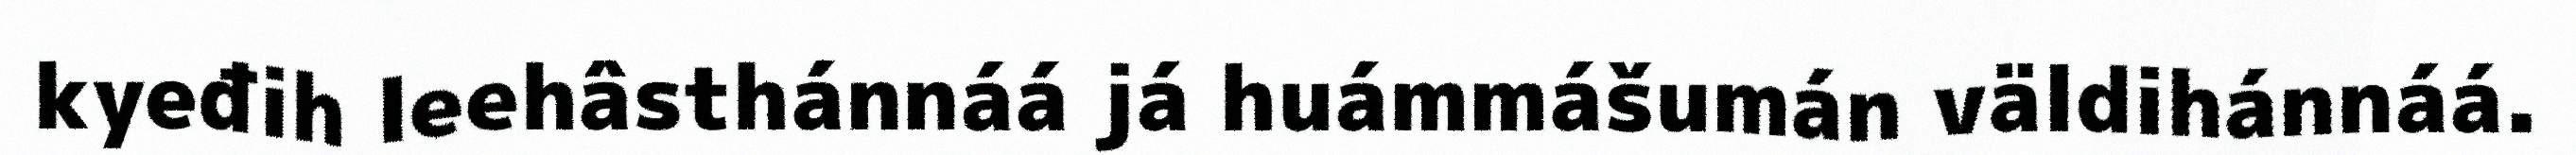
kyeđih leehâsthánnáá já huámmášumán väldihánnáá.